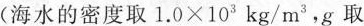
(海水的密度取1.0×10^{3}kg/m^{3}，g取